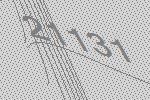
21131